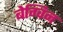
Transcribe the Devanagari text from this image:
बेग्विन